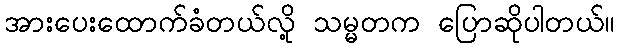
အားပေးထောက်ခံတယ်လို့ သမ္မတက ပြောဆိုပါတယ်။